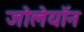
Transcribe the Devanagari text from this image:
जोलेयॉन